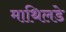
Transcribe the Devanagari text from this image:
माथिलडे